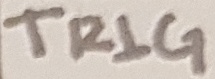
Text: TRIG